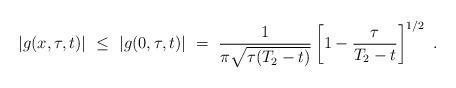
LaTeX: \begin{align*} |g(x,\tau,t)| \ \le \ |g(0,\tau,t)| \ = \ \frac{1}{\pi\sqrt{\tau(T_2-t)}}\left[1-\frac{\tau}{T_2-t}\right]^{1/2} \ . \end{align*}